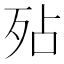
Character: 𭮆